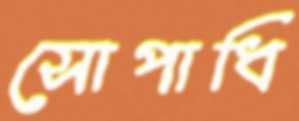
সোপাধি